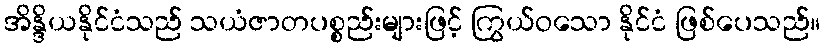
အိန္ဒိယနိုင်ငံသည် သယံဇာတပစ္စည်းများဖြင့် ကြွယ်ဝသော နိုင်ငံ ဖြစ်ပေသည်။